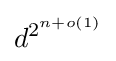
d^{2^{n+o(1)}}